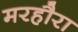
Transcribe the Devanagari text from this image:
मरहौरा